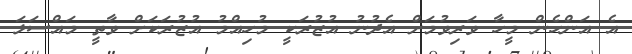
އެ އަންހެން މީހާ ވަރިވުމަށް އެދުނު އުޒުރަކީ މުހިއްމު އުޒުުރަކަށް ވާތީ މައްސަލަ